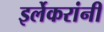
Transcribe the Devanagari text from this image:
इर्लेकरांनी